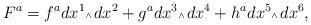
LaTeX: \begin{align*}F^a= f^a dx^{1}\mbox{\tiny $\wedge\,$} dx^{2} + g^a dx^{3}\mbox{\tiny $\wedge\,$} dx^{4} + h^a dx^{5}\mbox{\tiny $\wedge\,$} dx^{6},\end{align*}